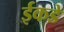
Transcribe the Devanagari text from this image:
ईकडे